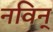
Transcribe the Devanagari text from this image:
नविन्